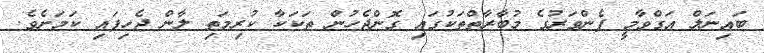
ބައިނަލް އަގްވާމީ ފެންވަރުގެ މުބާރާތްތަކުގައި ގޮންޖެހުން ތަކަކާ ކުރިމަތި ލާން ޖެހިފައި ކަމަށެވެ.